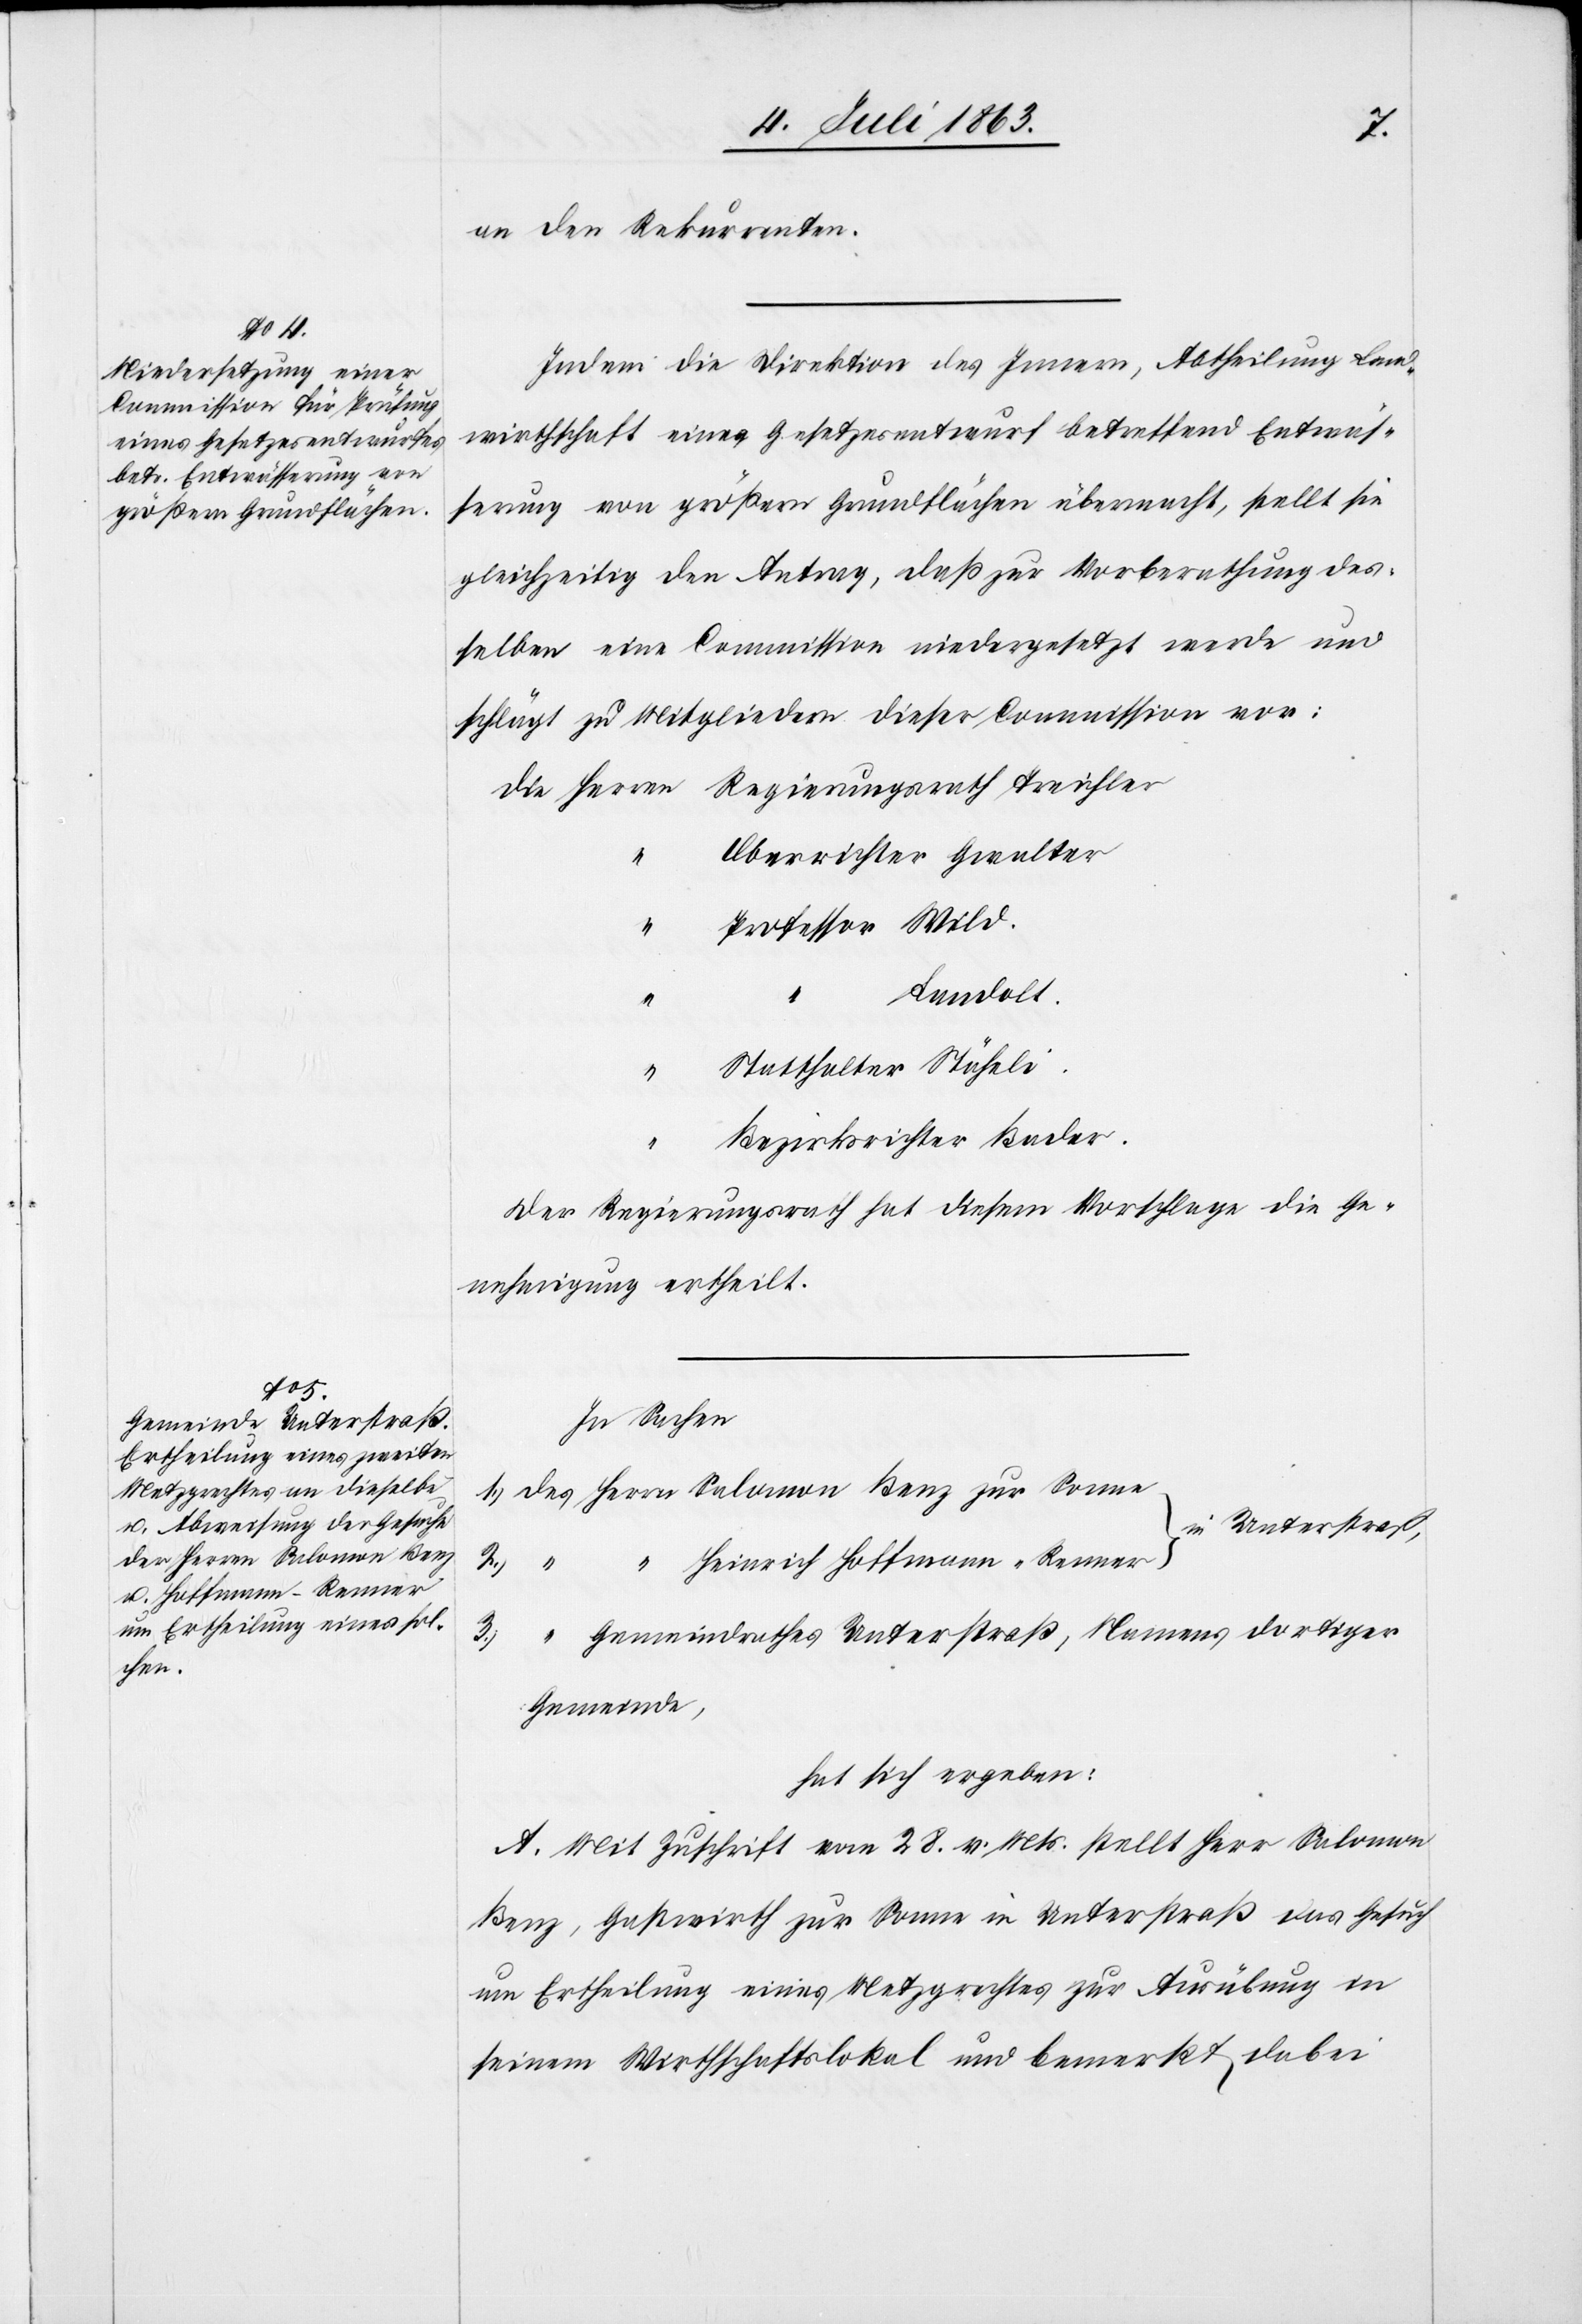
Herrn

an den Rekurrenten.
Indem die Direktion des Innern, Abtheilung Land¬
wirthschaft einen Gesetzesentwurf betreffend Entwäs¬
serung von größern Grundflächen übermacht, stellt sie
gleichzeitig den Antrag, daß zur Vorberathung des¬
selben eine Commission niedergesetzt werde und
schlägt zu Mitgliedern dieser Commission vor:
die Herren Regierungsrath Treichler
Oberrichter Gwalter
Professor Wild.
1.)
Statthalter Stäheli.
Bezirksrichter Bader.
Der Regierungsrath hat diesem Vorschlage die Ge¬
nehmigung ertheilt.
In Sachen
in Unterstraß,
2.)
“
Heinrich Hoffmann-Renner
Gemeindrathes Unterstraß, Namens dortiger
3.)
Gemeinde,
hat sich ergeben:
A. Mit Zuschrift vom 28. v. Mts. stellt Herr Salomon
Benz, Gastwirth zur Sonne in Unterstraß das Gesuch
um Ertheilung eines Metzgrechtes zur Ausübung in
seinem Wirthschaftslokal und bemerkt dabei